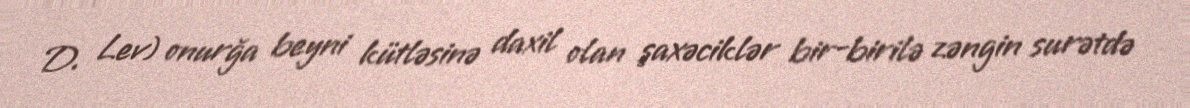
D. Lev) onurğa beyni kütləsinə daxil olan şaxəciklər bir-birilə zəngin surətdə